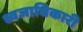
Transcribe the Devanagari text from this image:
ध्वजाधिकारी